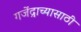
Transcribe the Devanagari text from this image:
गजेंद्राच्यासाठी